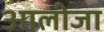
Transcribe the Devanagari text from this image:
आलीजा